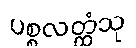
ပစ္စလတ္ထံသု